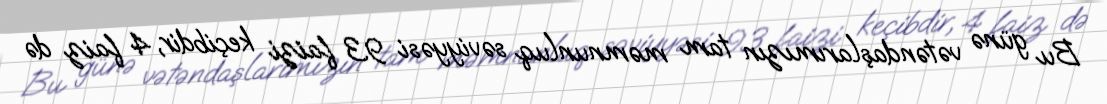
Bu günə vətəndaşlarımızın tam məmnunluq səviyyəsi 93 faizi keçibdir, 4 faiz də